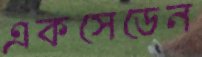
একসেডেন